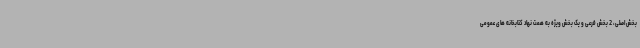
بخش اصلی، 2 بخش فرعی و یک بخش ویژه به همت نهاد کتابخانه های عمومی